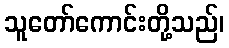
သူတော်ကောင်းတို့သည်၊